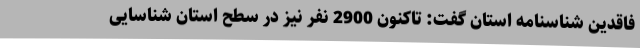
فاقدین شناسنامه استان گفت: تاکنون 2900 نفر نیز در سطح استان شناسایی